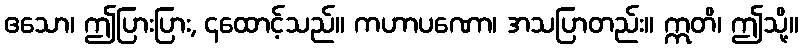
ဧသော၊ ဤပြားပြား, ၄ထောင့်သည်။ ကဟာပဏော၊ အသပြာတည်း။ ဣတိ၊ ဤသို့။